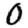
Digit: 0